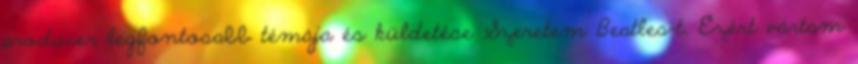
producer legfontosabb témája és küldetése Szeretem Beatles-t. Ezért vártam